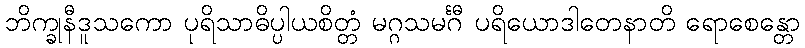
ဘိက္ခုနီဒူသကော ပုရိသာဓိပ္ပါယစိတ္တံ မဂ္ဂသမင်္ဂီ ပရိယောဒါတေနာတိ ရောစေန္တော